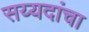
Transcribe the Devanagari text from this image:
सय्यदांचा